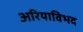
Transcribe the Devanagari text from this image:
अरियाविभद